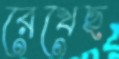
রেখেছ